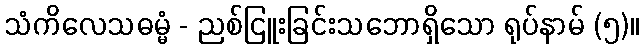
သံကိလေသဓမ္မံ - ညစ်ငြူးခြင်းသဘောရှိသော ရုပ်နာမ် (၅)။